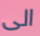
الى